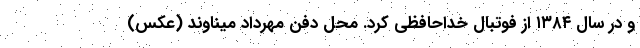
و در سال ۱۳۸۴ از فوتبال خداحافظی کرد. محل دفن مهرداد میناوند (عکس)